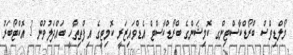
މޯލްޑިވްސް ބްރޯޑްކާސްޓިންގ ކޮމިޝަންގެ ބްރޯޑްކާސްޓް އެޑްވައިޒަރީ ކޮމިޓީގެ އިފްތިތާހީ ބައްދަލުވުން 3 އޮކްޓޯބަރު